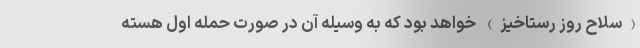
(سلاح روز رستاخیز) خواهد بود که به وسیله آن در صورت حمله اول هسته